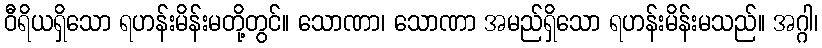
ဝီရိယရှိသော ရဟန်းမိန်းမတို့တွင်။ သောဏာ၊ သောဏာ အမည်ရှိသော ရဟန်းမိန်းမသည်။ အဂ္ဂါ၊